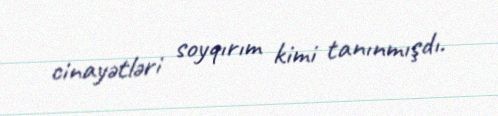
cinayətləri soyqırım kimi tanınmışdı.